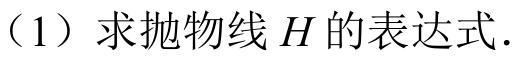
（1）求抛物线 \(H\) 的表达式．